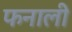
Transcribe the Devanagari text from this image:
फनाली